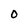
Character: O